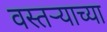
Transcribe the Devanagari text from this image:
वस्तऱ्याच्या